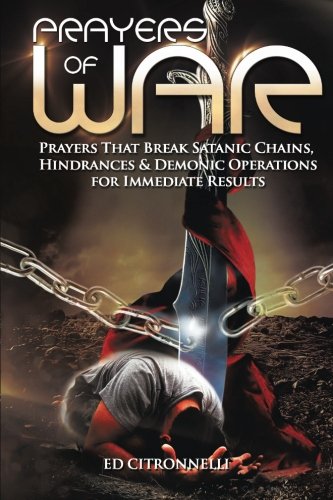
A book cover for Prayers of War: Prayers that Break Satanic Chains, Hindrances & Demonic Operations; Ed Citronnelli; Religion & Spirituality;